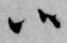
候